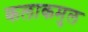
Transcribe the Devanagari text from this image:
कलाकमुल